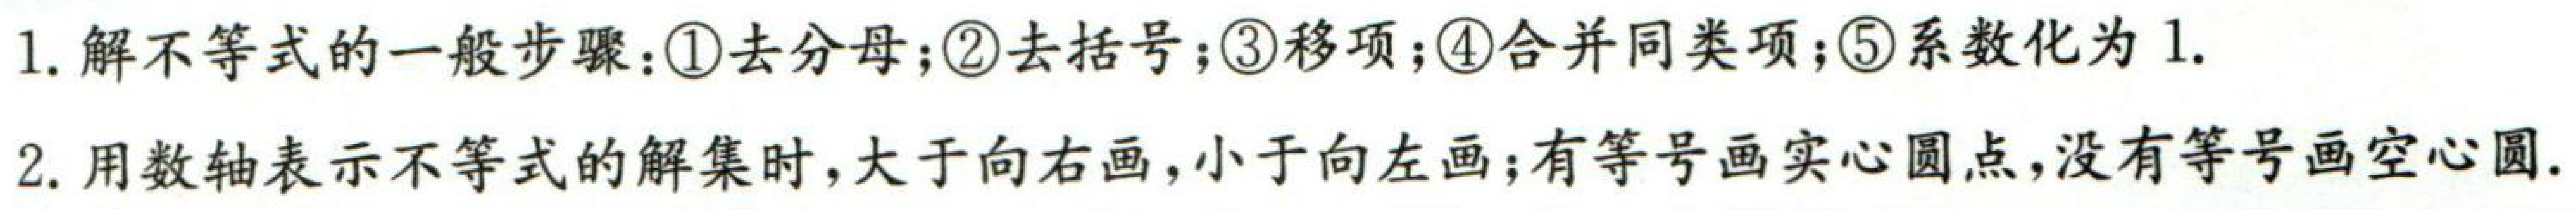
1. 解不等式的一般步骤：\textcircled{1}去分母；\textcircled{2}去括号；\textcircled{3}移项；\textcircled{4}合并同类项；\textcircled{5}系数化为1.
2. 用数轴表示不等式的解集时，大于向右画，小于向左画；有等号画实心圆点，没有等号画空心圆.